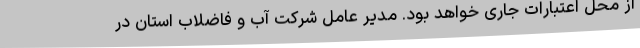
از محل اعتبارات جاری خواهد بود. مدیر عامل شرکت آب و فاضلاب استان در